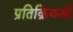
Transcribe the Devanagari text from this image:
प्रतिक्रियओं